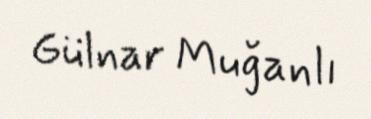
Gülnar Muğanlı